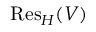
{ \mathrm { R e s } } _ { H } ( V )